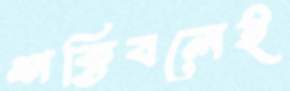
শক্তিবলেই